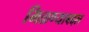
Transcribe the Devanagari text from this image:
मिळण्याबद्दल